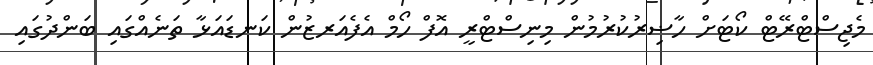
މެޖިސްޓްރޭޓް ކޯޓަށް ހާޟިރުކުރުމުން މިނިސްޓްރީ އޮފް ހޯމް އެފެއަރޒުން ކަނޑައަޅާ ތަނެއްގައި ބަންދުގައި